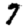
Digit: 7